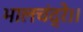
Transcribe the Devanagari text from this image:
भालचंद्रे।।